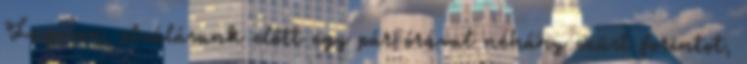
Lugoson, elválásunk előtt egy pár órával néhány ezüst forintot,